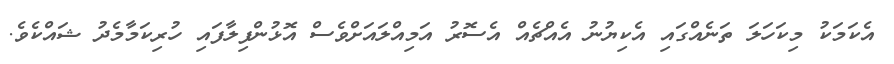
އެކަމަކު މިކަހަލަ ތަނެއްގައި އެކިޔުނު އެއްޗެއް އެސޮރު އަމިއްލައަށްވެސް އޮޅުންފިލާފައި ހުރިކަމާމެދު ޝައްކެވެ.